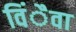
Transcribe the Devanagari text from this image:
विंैवा